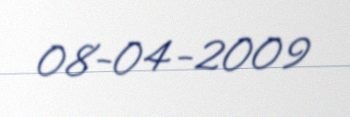
08-04-2009